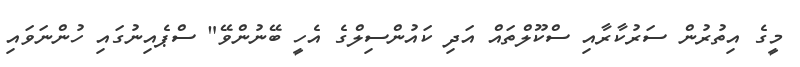
މީގެ އިތުރުން ސަރުކާރާއި ސްކޫލްތައް އަދި ކައުންސިލްގެ އެހީ ބޭނުންވޭ" ސްޕެއިނުގައި ހުންނަވައި